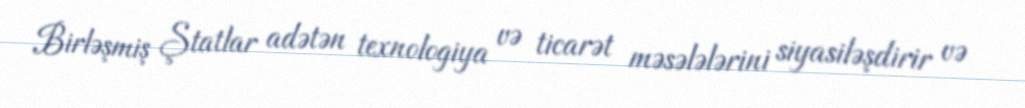
Birləşmiş Ştatlar adətən texnologiya və ticarət məsələlərini siyasiləşdirir və